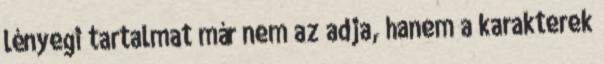
lényegi tartalmat már nem az adja, hanem a karakterek